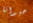
حيوانا